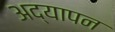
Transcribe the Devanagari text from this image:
अद्यापन